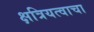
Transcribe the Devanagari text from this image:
क्षत्रियत्वाचा